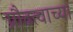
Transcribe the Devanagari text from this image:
प्रौढत्वाच्या